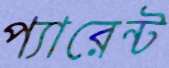
প্যারেন্ট